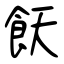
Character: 飫